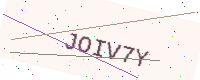
Text: JOIV7Y